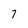
Character: 7